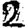
Digit: 2